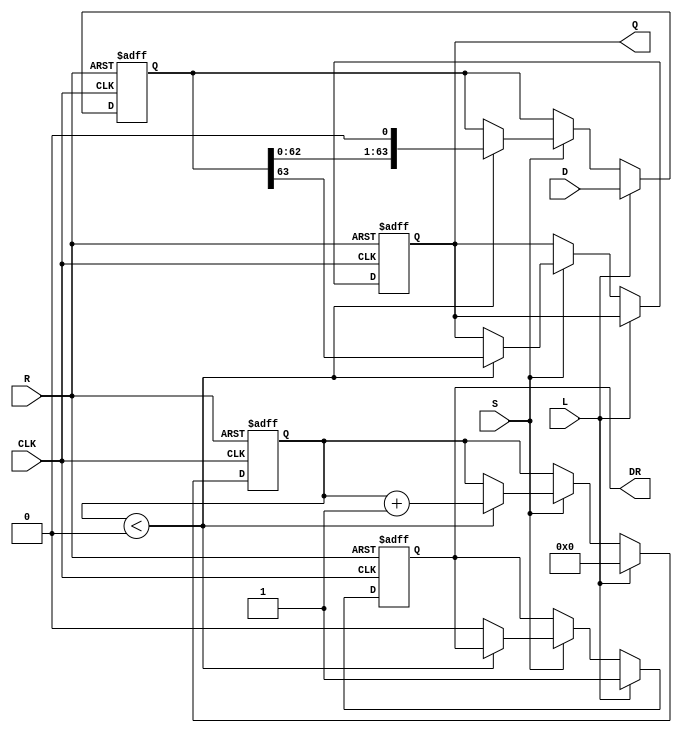
module PISO_Register (
    input  wire [63:0] D,      // 64-bit parallel data input
    input  wire L,             // Load control signal
    input  wire CLK,           // Clock signal
    input  wire S,             // Shift control signal
    input  wire R,             // Asynchronous reset signal
    output reg  Q,             // Serial output
    output reg  DR             // Data ready output
);

    reg [63:0] SR;             // Shift register to hold data
    reg [5:0] count;           // Counter to track bits shifted out

    always @(posedge CLK or posedge R) begin
        if (R) begin
            // Asynchronous reset
            SR <= 64'b0;
            Q <= 1'b0;
            count <= 6'b0;
            DR <= 1'b0;
        end else begin
            if (L) begin
                // Load data into the shift register
                SR <= D;
                count <= 6'd0; // Reset count when loading new data
                DR <= 1'b1;    // Indicate data is ready
            end else if (S) begin
                // Shift data out serially
                if (count < 6'd64) begin
                    Q <= SR[63]; // Output the MSB
                    // Shift right
                    SR <= {SR[62:0], 1'b0}; // Shift right by 1, LSB becomes 0
                    count <= count + 1;    // Increment the counter
                end else begin
                    // All bits shifted out; set data ready to low
                    DR <= 1'b0;
                end
            end
        end
    end

endmodule